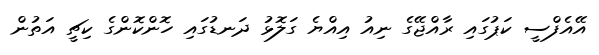
އޭއެފްސީ ކަޕުގައި ރާއްޖޭގެ ނިއު އިއްޔެ ގަލޮޅު ދަނޑުގައި ހޮންކޮންގެ ކިޗީ އަތުން